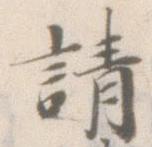
請